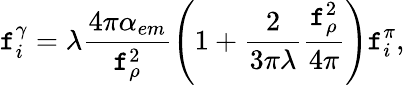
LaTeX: \mathtt{f}_{i}^{\gamma}=\lambda\frac{{4\pi\alpha_{em}}}{{\mathtt{f}_{\rho}^{2}}}\left(1+\frac{{2}}{{3\pi\lambda}}\frac{{\mathtt{f}_{\rho}^{2}}}{{4\pi}}\right)\mathtt{f}_{i}^{\pi},